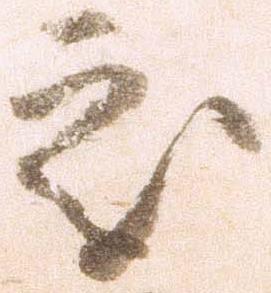
処